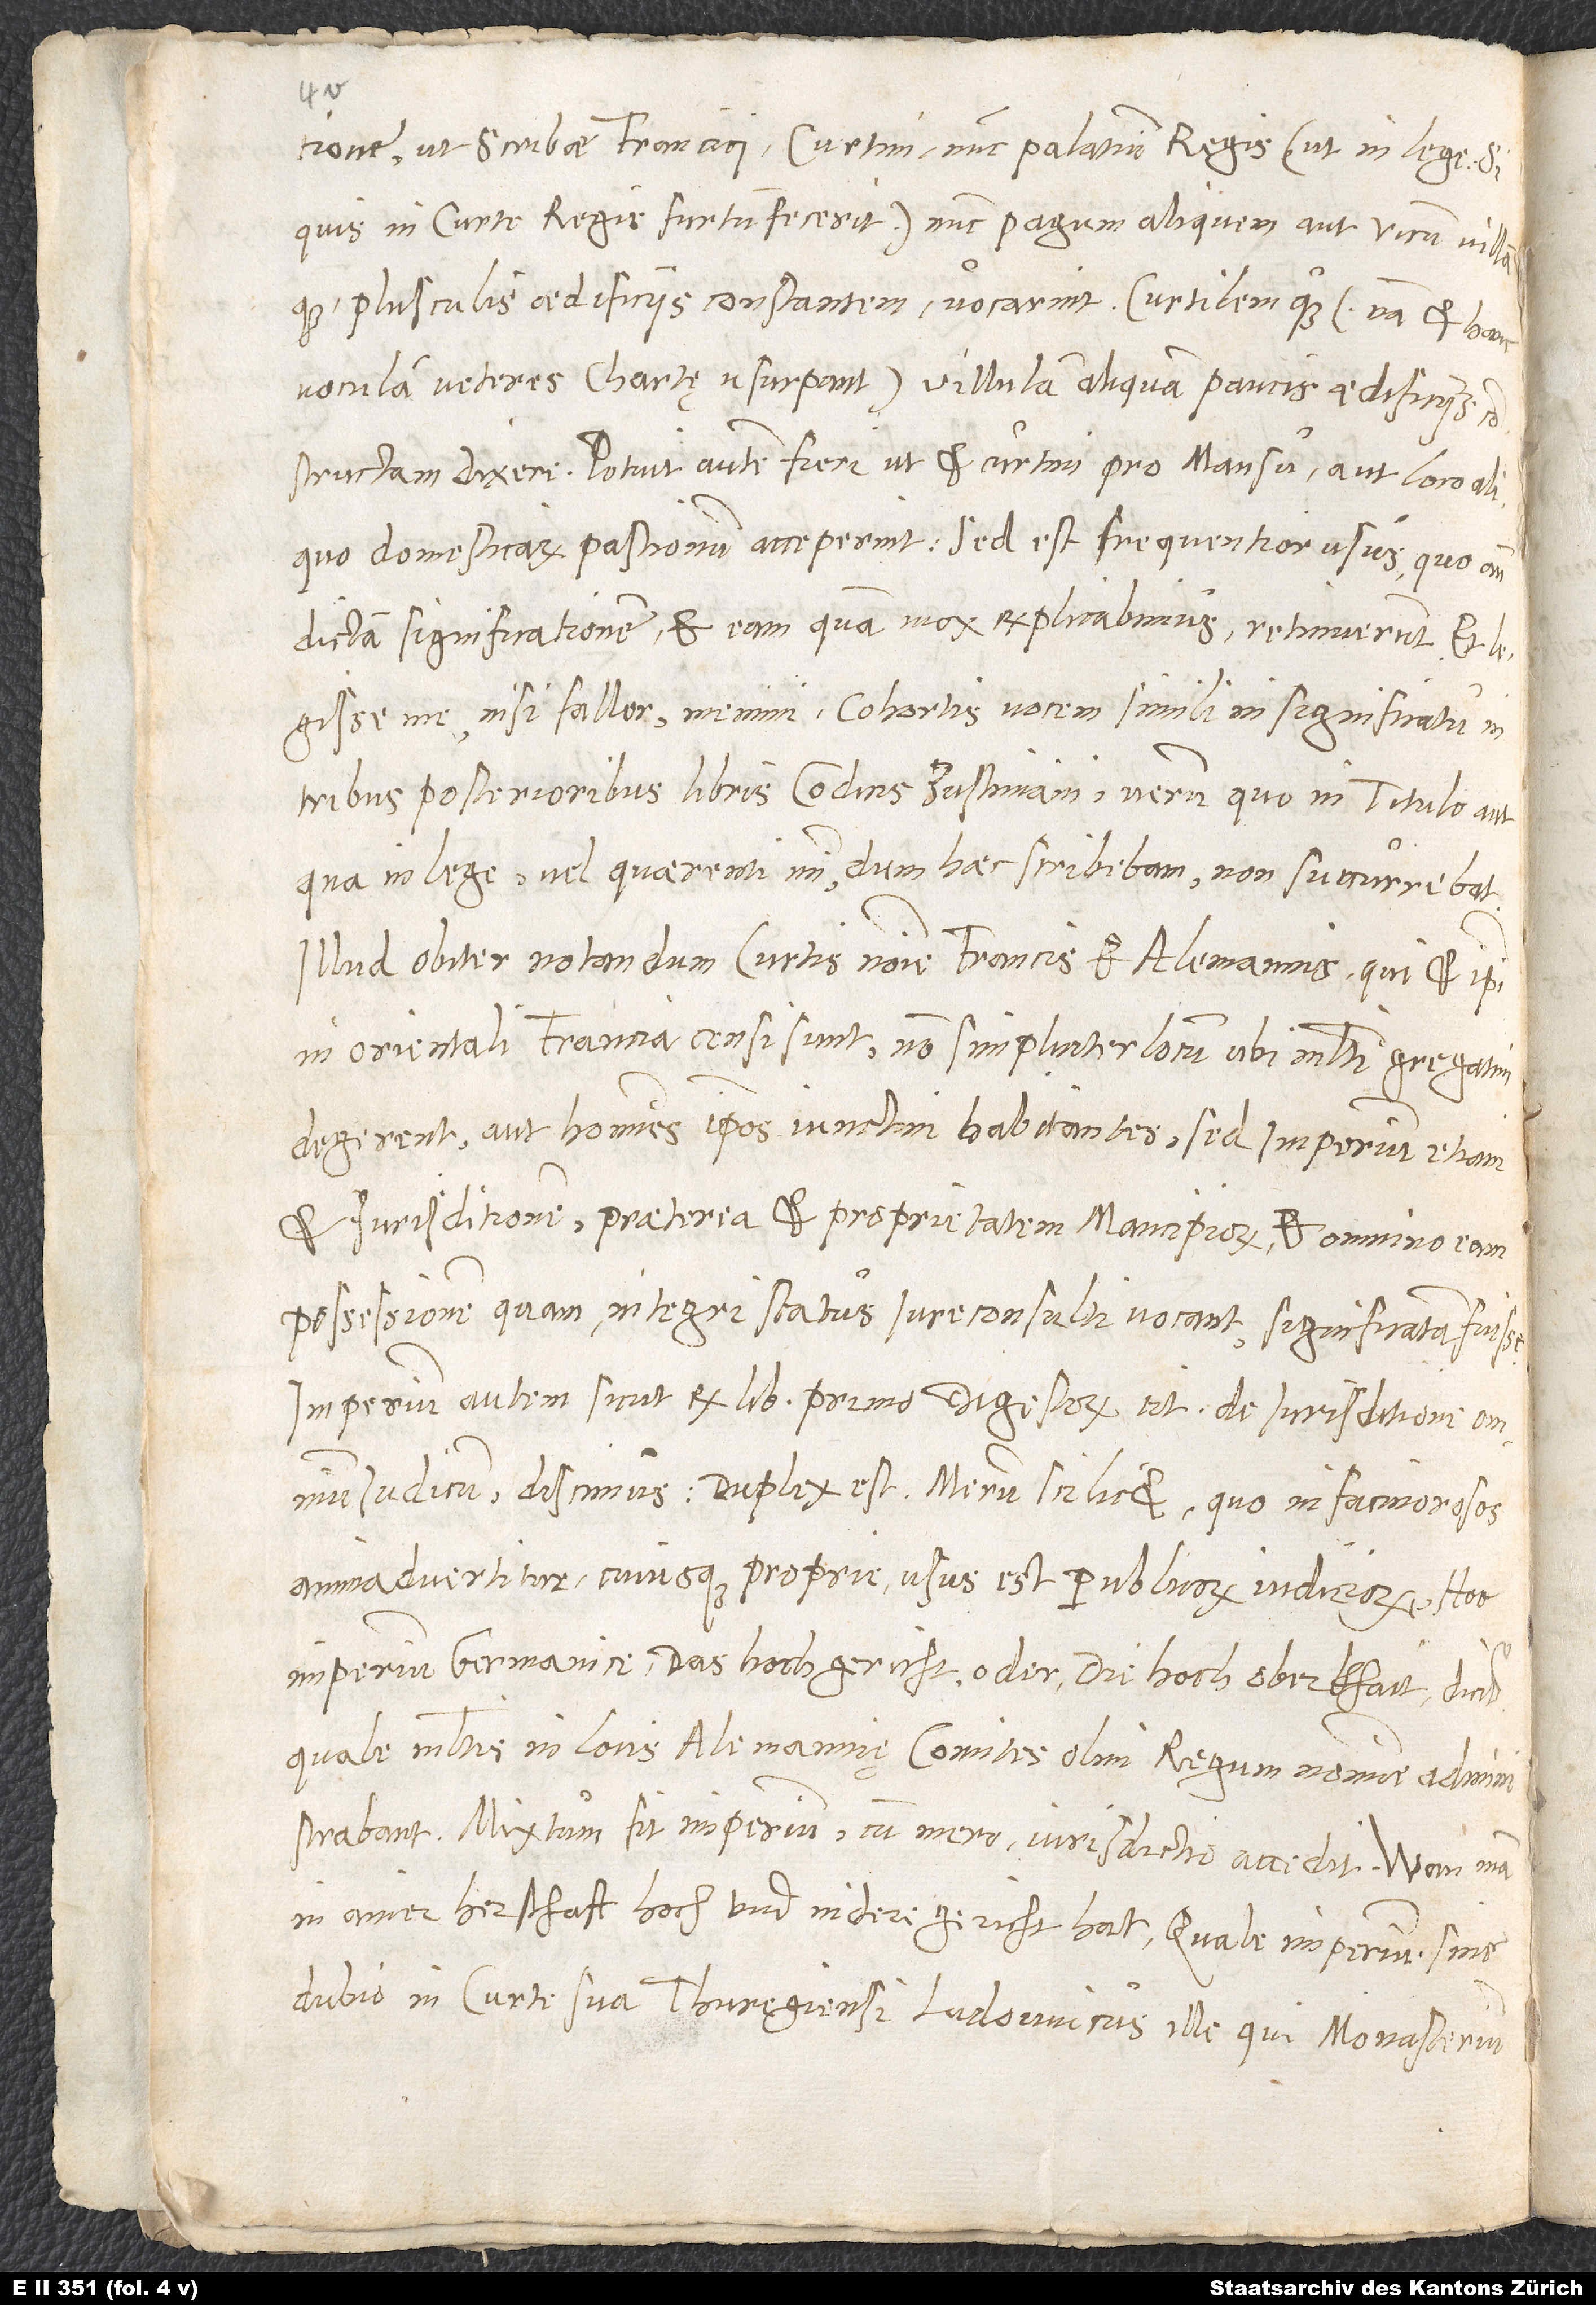
1.